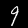
Digit: 9